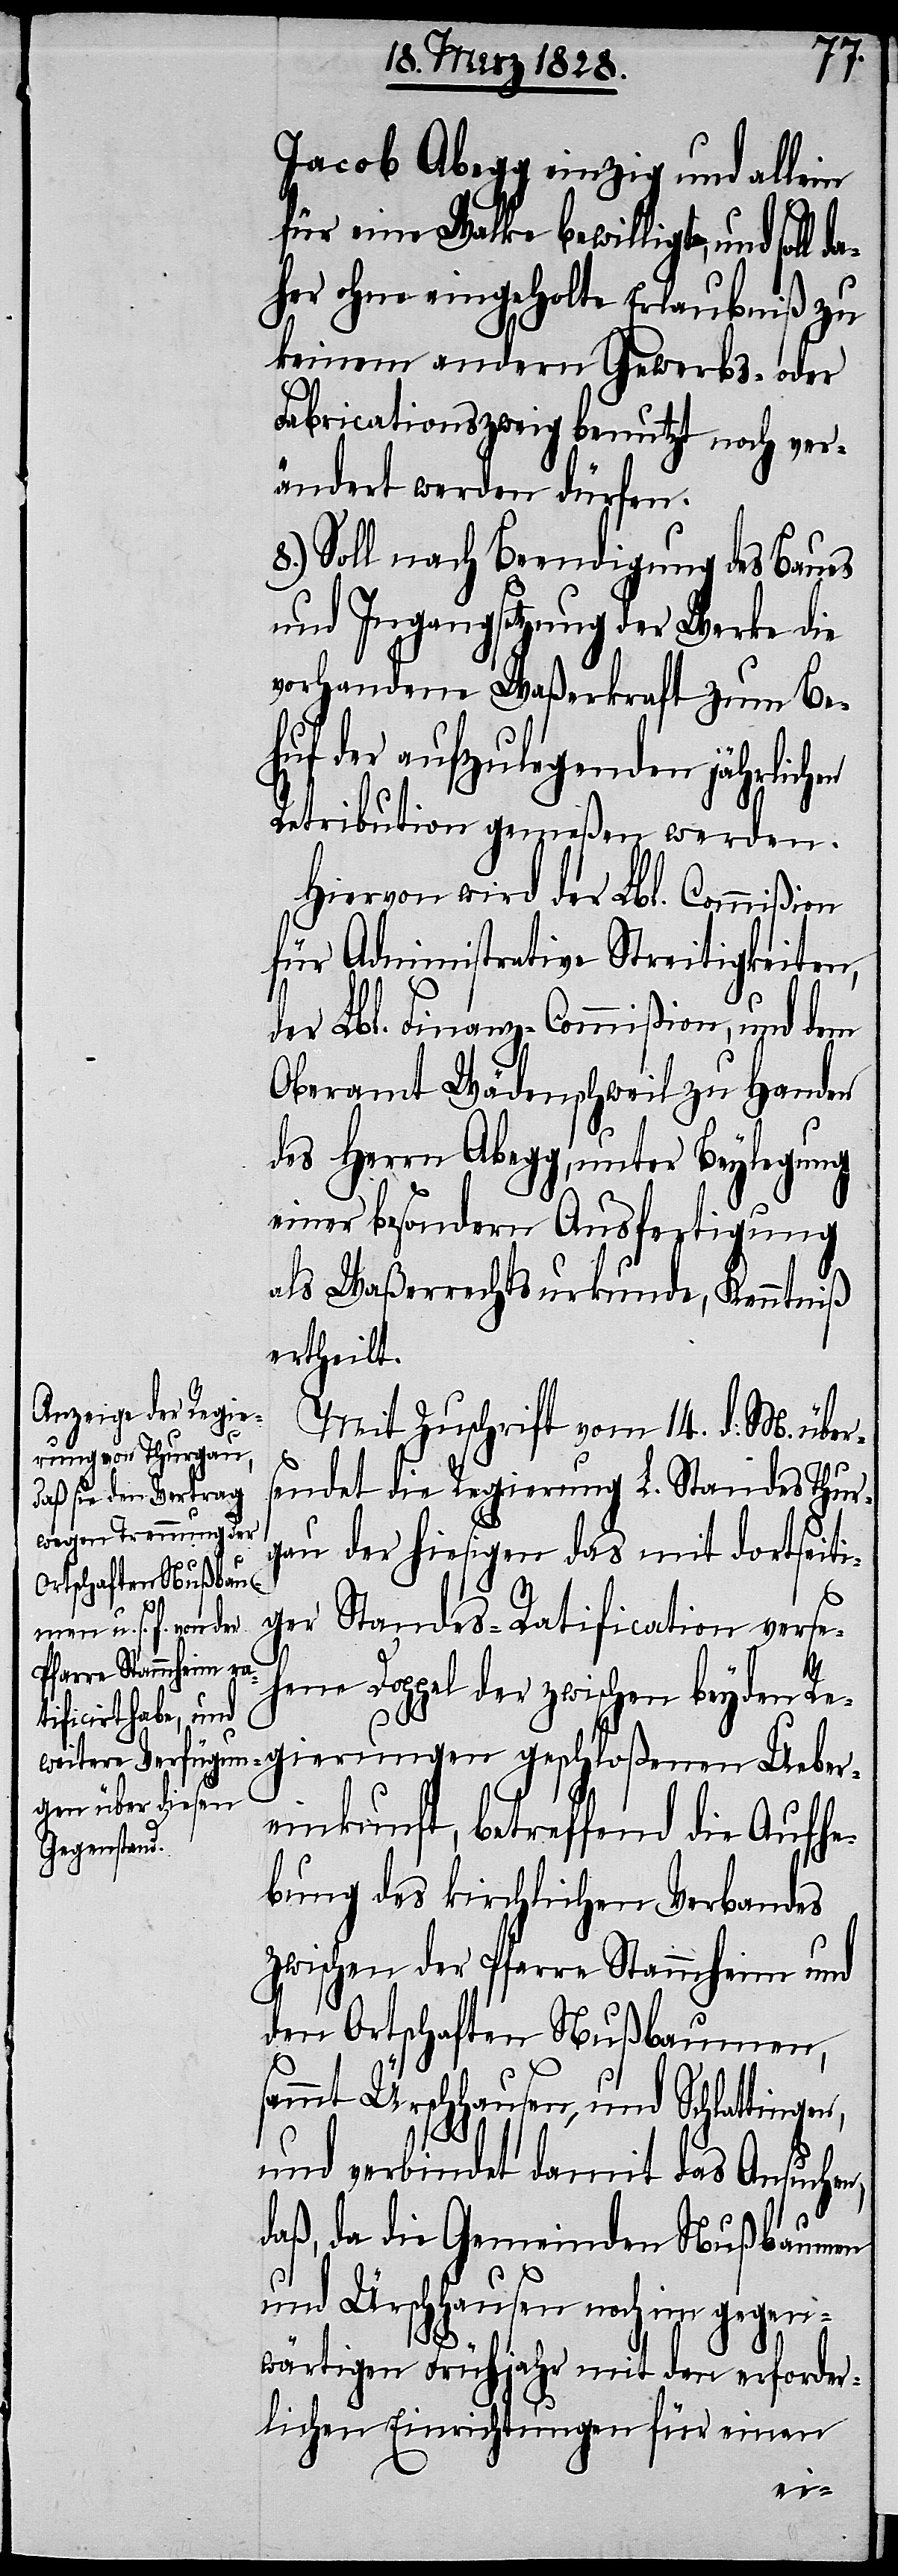
Jacob Abegg einzig und allein
für eine Walke bewilligt, und soll
aher ohne eingeholte Erlaubniß zu
keinem andern Gewerbs- oder
Fabricationszweig benutzt noch ver¬
ändert werden dürfen.
8.) Soll nach Beendigung des Baues
und Ingangsetzung der Werke die
vorhandene Waßerkraft zum Be¬
huf der aufzulegenden jährlich¬
Retribution gemeßen werden.
Hiervon wird der Lbl. Commißion
für Administrative Streitigkeiten,
der Lbl. Finanz-Commißion, und dem
Oberamt Wädenschweil zu Handen
des Herrn Abegg, unter Beylegung
einer besondern Ausfertigung
d¬
als Waßerrechtsurkunde, Kenntniß
ertheilt.
Mit Zuschrift vom 14. d: M. über¬
sendet die Regierung L. Standes Thur¬
gau der hiesigen das mit dortseiti¬
ger Standes-Ratification verse¬
hene Doppel der zwischen beyden Re¬
gierungen geschloßenen Ueber¬
einkunft, betreffend die Aufhe¬
bung des kirchlichen Verbandes
zwischen der Pfarre Stammheim und
den Ortschaften Nußbaumen,
sammt Ürschhausen, und Schlatting¬
und verbindet damit das Ansuchen,
daß, da die Gemeinden Nußbaumen
und Üschhausen noch im gegen¬
wärtigen Frühjahr mit den erforder¬
lichen Einrichtungen für einen
en,